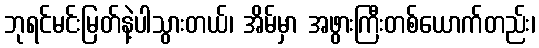
ဘုရင်မင်းမြတ်နဲ့ပါသွားတယ်၊ အိမ်မှာ အဖွားကြီးတစ်ယောက်တည်း၊